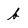
Character: b